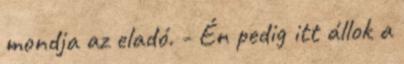
mondja az eladó. - Én pedig itt állok a